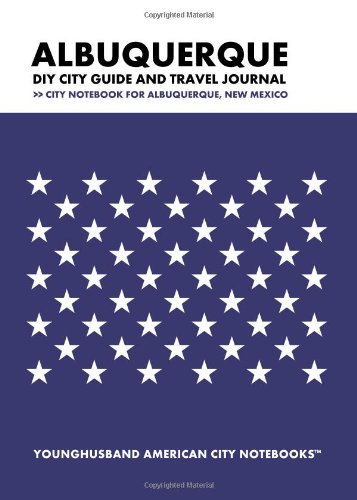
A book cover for Albuquerque DIY City Guide and Travel Journal: City Notebook for Albuquerque, New Mexico; Younghusband American City Notebooks; Travel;